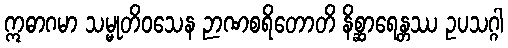
ဣဓာဂမာ သမ္မုတိဝသေန ဉာဏစရိတောတိ နိစ္ဆာရေန္တဿ ဥပသဂ္ဂါ